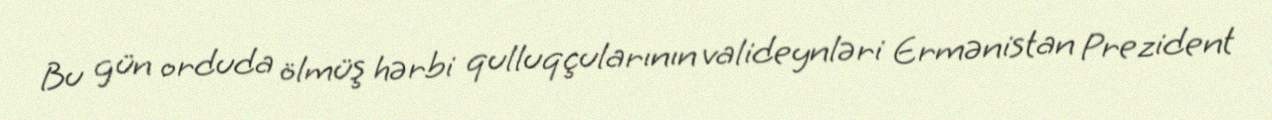
Bu gün orduda ölmüş hərbi qulluqçularının valideynləri Ermənistan Prezident